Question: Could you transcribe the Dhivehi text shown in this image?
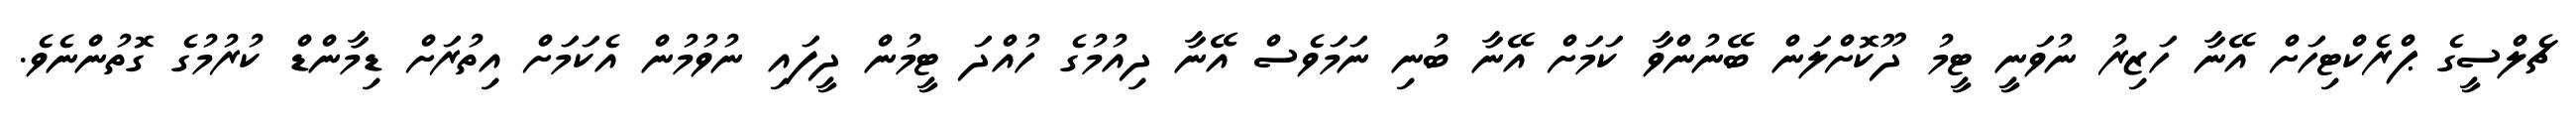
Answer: ޗެލްސީގެ ޕްރެކްޓިހަށް އޭނާ ހަޒިރު ނުވަނީ ޓީމު ދޫކޮށްލަން ބޭނުންވާ ކަމަށް އޭނާ ބުނި ނަމަވެސް އޭނާ ދިއުމުގެ ހުއްދަ ޓީމުން ދީފައި ނުވުމުން އެކަމަށް އިތުރަށް ޑިމާންޑް ކުރުމުގެ ގޮތުންނެވެ.